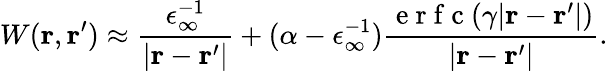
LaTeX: W(\mathbf{r},\mathbf{r}^{\prime})\approx\frac{\epsilon_{\infty}^{-1}}{|\mathbf{r}-\mathbf{r}^{\prime}|}+(\alpha-\epsilon_{\infty}^{-1})\frac{\mathrm{~e~r~f~c~}(\gamma|\mathbf{r}-\mathbf{r}^{\prime}|)}{|\mathbf{r}-\mathbf{r}^{\prime}|}.